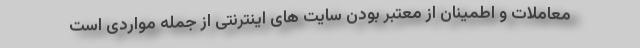
معاملات و اطمینان از معتبر بودن سایت های اینترنتی از جمله مواردی است